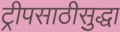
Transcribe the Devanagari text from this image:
ट्रीपसाठीसुद्धा